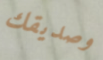
وصديقك